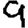
Digit: 9